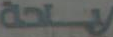
ياحة